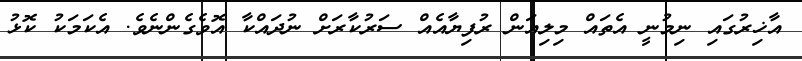
އާޚިރުގައި ނިމުނީ އެތައް މިލިއަން ރުފިޔާއެއް ސަރުކާރަށް ނުދައްކާ އޮވެގެންނެވެ. އެކަމަކު ކޮޅު